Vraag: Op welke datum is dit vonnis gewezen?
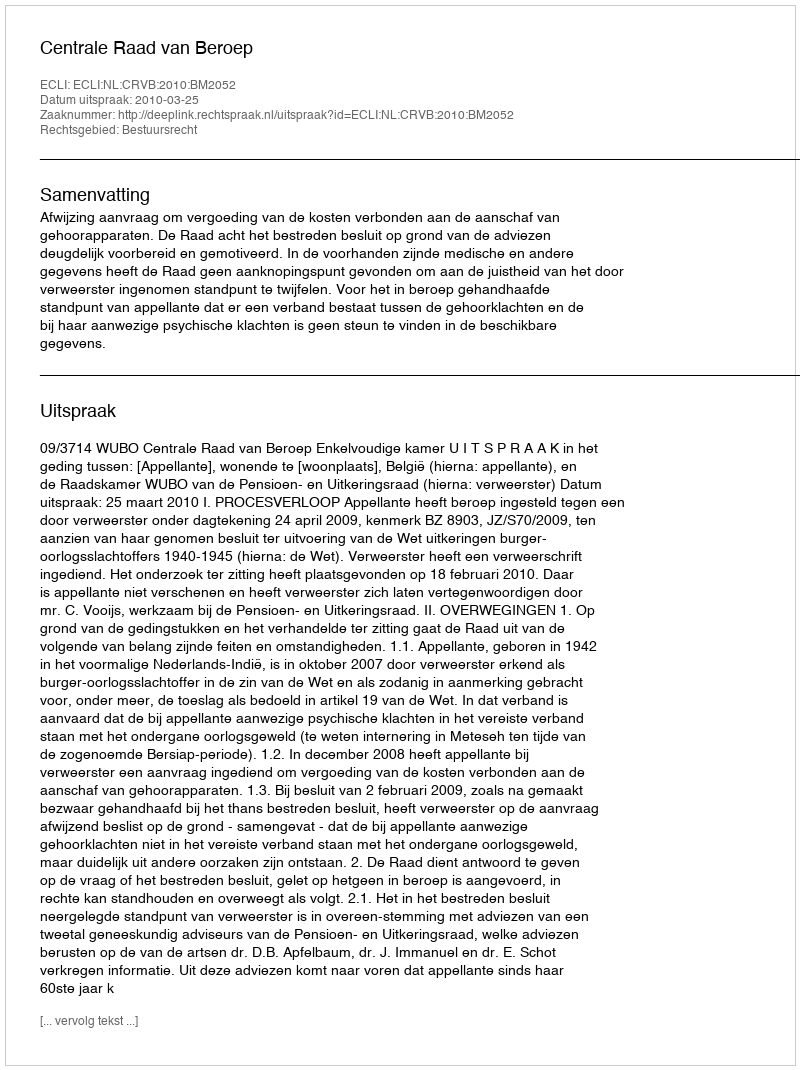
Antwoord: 2010-03-25